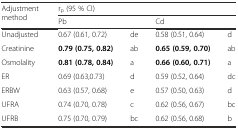
<table><thead><tr><td rowspan="2"><b>Adjustment method</b></td><td colspan="4"><b>r<sub>p</sub> (95 % CI)</b></td></tr><tr><td colspan="2"><b>Pb</b></td><td colspan="2"><b>Cd</b></td></tr></thead><tbody><tr><td>Unadjusted</td><td>0.67 (0.61, 0.72)</td><td>de</td><td>0.58 (0.51, 0.64)</td><td>d</td></tr><tr><td>Creatinine</td><td><b>0.79 (0.75, 0.82)</b></td><td>ab</td><td><b>0.65 (0.59, 0.70)</b></td><td>ab</td></tr><tr><td>Osmolality</td><td><b>0.81 (0.78, 0.84)</b></td><td>a</td><td><b>0.66 (0.60, 0.71)</b></td><td>a</td></tr><tr><td>ER</td><td>0.69 (0.63,0.73)</td><td>d</td><td>0.59 (0.52, 0.64)</td><td>dc</td></tr><tr><td>ERBW</td><td>0.63 (0.57, 0.68)</td><td>e</td><td>0.57 (0.50, 0.63)</td><td>d</td></tr><tr><td>UFRA</td><td>0.74 (0.70, 0.78)</td><td>c</td><td>0.62 (0.56, 0.67)</td><td>bc</td></tr><tr><td>UFRB</td><td>0.75 (0.70, 0.79)</td><td>bc</td><td>0.62 (0.56, 0.68)</td><td>b</td></tr></tbody></table>